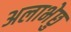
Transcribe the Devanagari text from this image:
अलाभेछु